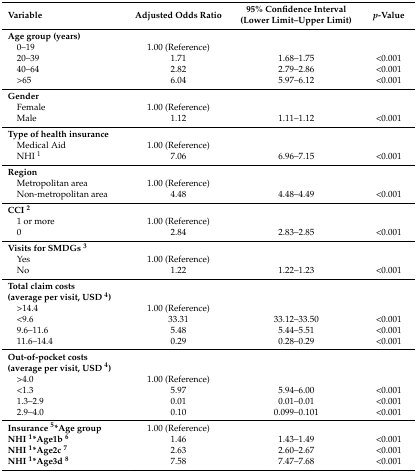
<table><thead><tr><td><b>Variable</b></td><td><b>Adjusted Odds Ratio</b></td><td><b>95% Confidence Interval (Lower Limit–Upper Limit)</b></td><td><b><i>p</i>-Value</b></td></tr></thead><tbody><tr><td><b>Age group (years)</b></td><td></td><td></td><td></td></tr><tr><td>0–19</td><td>1.00 (Reference)</td><td></td><td></td></tr><tr><td>20–39</td><td>1.71</td><td>1.68–1.75</td><td>&lt;0.001</td></tr><tr><td>40–64</td><td>2.82</td><td>2.79–2.86</td><td>&lt;0.001</td></tr><tr><td>&gt;65</td><td>6.04</td><td>5.97–6.12</td><td>&lt;0.001</td></tr><tr><td><b>Gender</b></td><td></td><td></td><td></td></tr><tr><td>Female</td><td>1.00 (Reference)</td><td></td><td></td></tr><tr><td>Male</td><td>1.12</td><td>1.11–1.12</td><td>&lt;0.001</td></tr><tr><td><b>Type of health insurance</b></td><td></td><td></td><td></td></tr><tr><td>Medical Aid</td><td>1.00 (Reference)</td><td></td><td></td></tr><tr><td>NHI <sup>1</sup></td><td>7.06</td><td>6.96–7.15</td><td>&lt;0.001</td></tr><tr><td><b>Region</b></td><td></td><td></td><td></td></tr><tr><td>Metropolitan area</td><td>1.00 (Reference)</td><td></td><td></td></tr><tr><td>Non-metropolitan area</td><td>4.48</td><td>4.48–4.49</td><td>&lt;0.001</td></tr><tr><td><b>CCI <sup>2</sup></b></td><td></td><td></td><td></td></tr><tr><td>1 or more</td><td>1.00 (Reference)</td><td></td><td></td></tr><tr><td>0</td><td>2.84</td><td>2.83–2.85</td><td>&lt;0.001</td></tr><tr><td><b>Visits for SMDGs <sup>3</sup></b></td><td></td><td></td><td></td></tr><tr><td>Yes</td><td>1.00 (Reference)</td><td></td><td></td></tr><tr><td>No</td><td>1.22</td><td>1.22–1.23</td><td>&lt;0.001</td></tr><tr><td><b>Total claim costs</b><b>(average per visit, USD <sup>4</sup>)</b></td><td></td><td></td><td></td></tr><tr><td>&gt;14.4</td><td>1.00 (Reference)</td><td></td><td></td></tr><tr><td>&lt;9.6</td><td>33.31</td><td>33.12–33.50</td><td>&lt;0.001</td></tr><tr><td>9.6–11.6</td><td>5.48</td><td>5.44–5.51</td><td>&lt;0.001</td></tr><tr><td>11.6–14.4</td><td>0.29</td><td>0.28–0.29</td><td>&lt;0.001</td></tr><tr><td><b>Out-of-pocket costs</b><b>(average per visit, USD <sup>4</sup>)</b></td><td></td><td></td><td></td></tr><tr><td>&gt;4.0</td><td>1.00 (Reference)</td><td></td><td></td></tr><tr><td>&lt;1.3</td><td>5.97</td><td>5.94–6.00</td><td>&lt;0.001</td></tr><tr><td>1.3–2.9</td><td>0.01</td><td>0.01–0.01</td><td>&lt;0.001</td></tr><tr><td>2.9–4.0</td><td>0.10</td><td>0.099–0.101</td><td>&lt;0.001</td></tr><tr><td><b>Insurance <sup>5</sup>*Age group</b></td><td>1.00 (Reference)</td><td></td><td></td></tr><tr><td><b>NHI <sup>1</sup>*Age1b <sup>6</sup></b></td><td>1.46</td><td>1.43–1.49</td><td>&lt;0.001</td></tr><tr><td><b>NHI <sup>1</sup>*Age2c <sup>7</sup></b></td><td>2.63</td><td>2.60–2.67</td><td>&lt;0.001</td></tr><tr><td><b>NHI <sup>1</sup>*Age3d <sup>8</sup></b></td><td>7.58</td><td>7.47–7.68</td><td>&lt;0.001</td></tr></tbody></table>